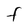
Character: F